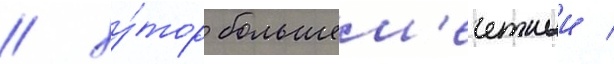
/ ху́тор большем'ечетныи /